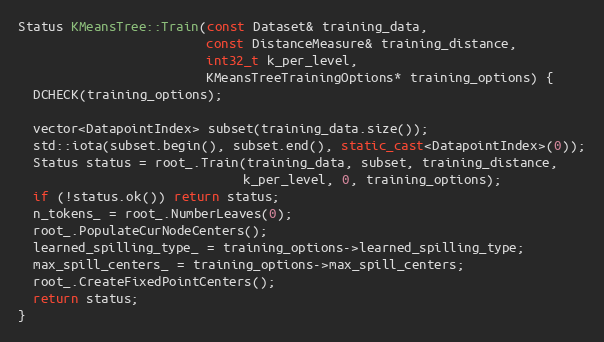
Language: C++
Status KMeansTree::Train(const Dataset& training_data,
                         const DistanceMeasure& training_distance,
                         int32_t k_per_level,
                         KMeansTreeTrainingOptions* training_options) {
  DCHECK(training_options);

  vector<DatapointIndex> subset(training_data.size());
  std::iota(subset.begin(), subset.end(), static_cast<DatapointIndex>(0));
  Status status = root_.Train(training_data, subset, training_distance,
                              k_per_level, 0, training_options);
  if (!status.ok()) return status;
  n_tokens_ = root_.NumberLeaves(0);
  root_.PopulateCurNodeCenters();
  learned_spilling_type_ = training_options->learned_spilling_type;
  max_spill_centers_ = training_options->max_spill_centers;
  root_.CreateFixedPointCenters();
  return status;
}